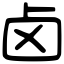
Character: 卤